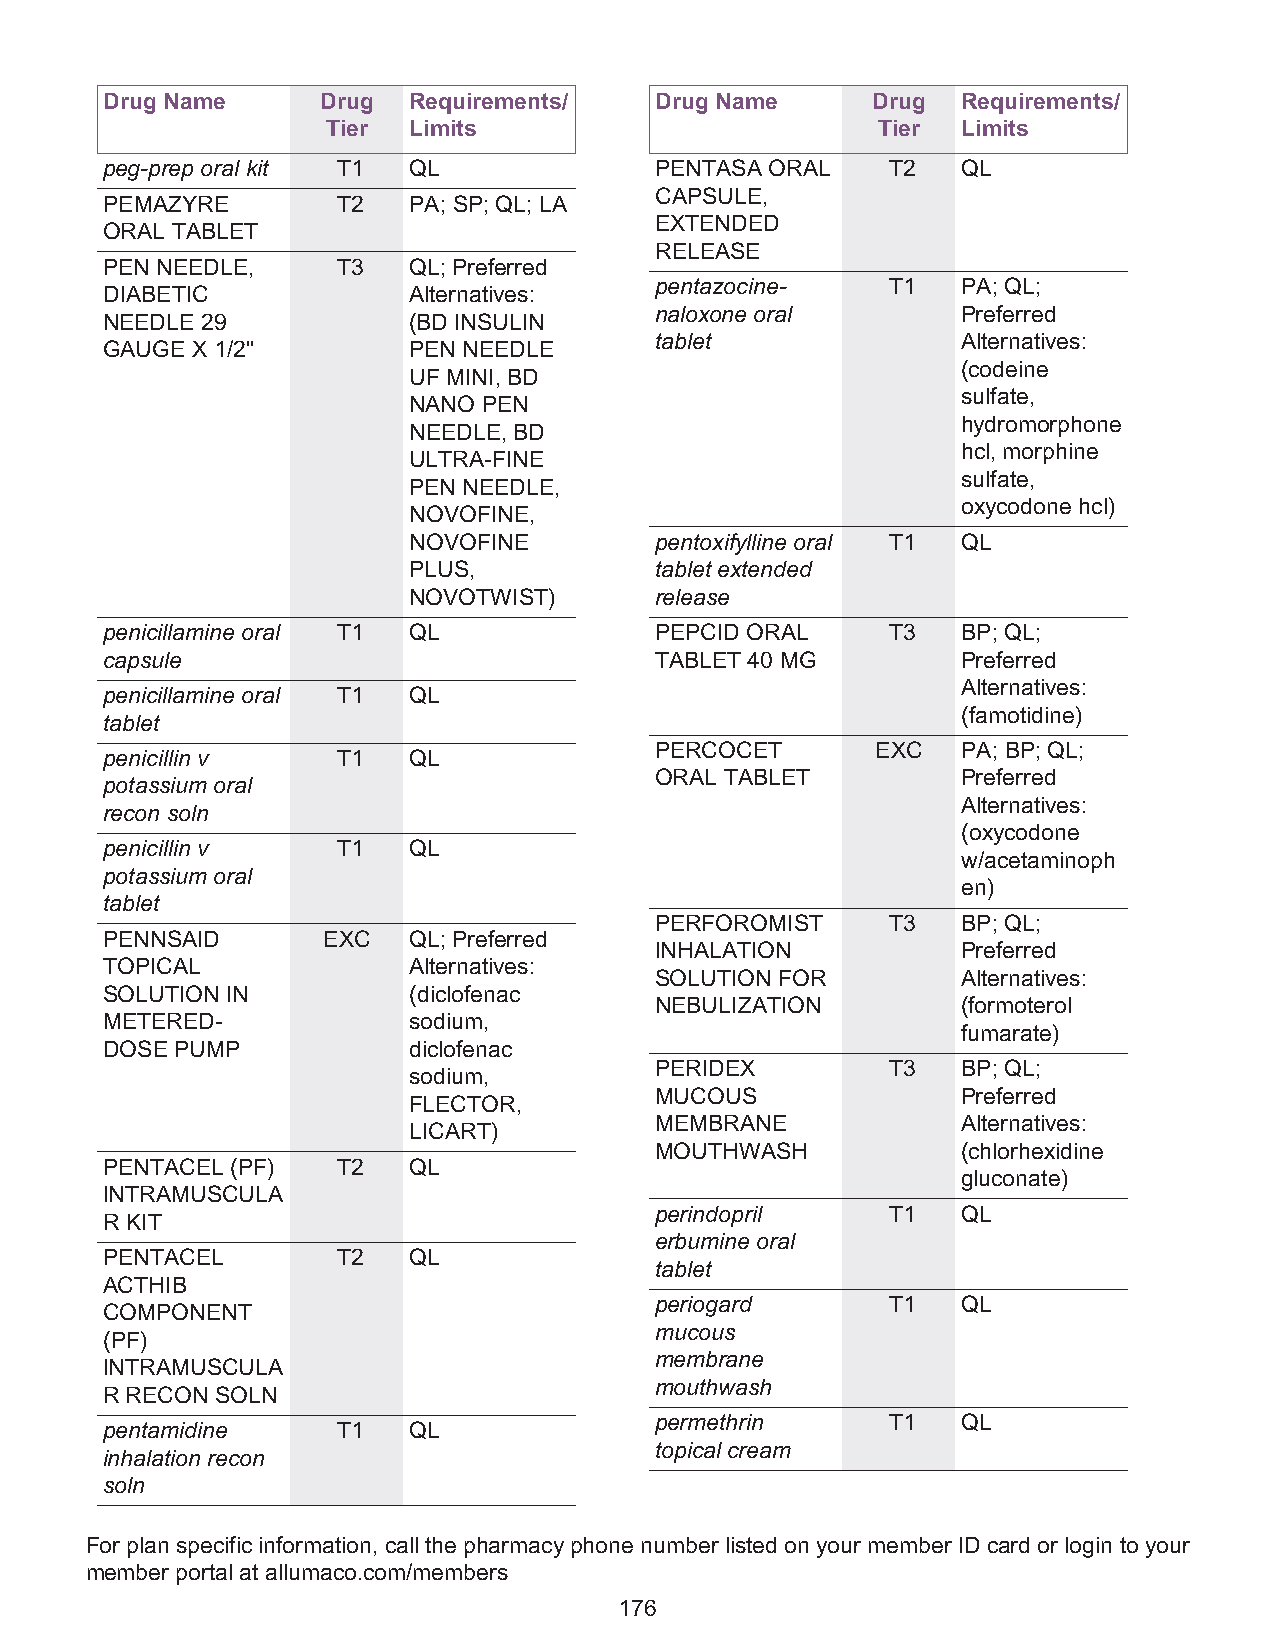
Drug Name     Drug  Requirements/   Drug Name      Drug  Requirements/
 Tier Limits                         Tier  Limits
 peg-prep oral kit T1 QL             PENTASA ORAL    T2   QL
 CAPSULE,
 PEMAZYRE       T2   PA; SP; QL; LA
 EXTENDED
 ORAL TABLET
 RELEASE
 PEN NEEDLE,    T3   QL; Preferred
 pentazocine-    T1   PA; QL;
 DIABETIC            Alternatives:
 naloxone oral        Preferred
 NEEDLE 29           (BD INSULIN
 tablet               Alternatives:
 GAUGE X 1/2"        PEN NEEDLE
 (codeine
 UF MINI, BD
 sulfate,
 NANO PEN
 hydromorphone
 NEEDLE, BD
 hcl, morphine
 ULTRA-FINE
 sulfate,
 PEN NEEDLE,
 oxycodone hcl)
 NOVOFINE,
 NOVOFINE        pentoxifylline oral T1 QL
 PLUS,           tablet extended
 NOVOTWIST)      release
 penicillamine oral T1 QL            PEPCID ORAL     T3   BP; QL;
 capsule                             TABLET 40 MG         Preferred
 Alternatives:
 penicillamine oral T1 QL
 (famotidine)
 tablet
 PERCOCET       EXC   PA; BP; QL;
 penicillin v   T1   QL
 ORAL TABLET          Preferred
 potassium oral
 Alternatives:
 recon soln
 (oxycodone
 penicillin v   T1   QL
 w/acetaminoph
 potassium oral
 en)
 tablet
 PERFOROMIST     T3   BP; QL;
 PENNSAID      EXC   QL; Preferred
 INHALATION           Preferred
 TOPICAL             Alternatives:
 SOLUTION FOR         Alternatives:
 SOLUTION IN         (diclofenac
 NEBULIZATION         (formoterol
 METERED-            sodium,
 fumarate)
 DOSE PUMP           diclofenac
 PERIDEX         T3   BP; QL;
 sodium,
 MUCOUS               Preferred
 FLECTOR,
 MEMBRANE             Alternatives:
 LICART)
 MOUTHWASH            (chlorhexidine
 PENTACEL (PF)  T2   QL
 gluconate)
 INTRAMUSCULA
 perindopril     T1   QL
 R KIT
 erbumine oral
 PENTACEL       T2   QL
 tablet
 ACTHIB
 periogard       T1   QL
 COMPONENT
 mucous
 (PF)
 membrane
 INTRAMUSCULA
 mouthwash
 R RECON SOLN
 permethrin      T1   QL
 pentamidine    T1   QL
 topical cream
 inhalation recon
 soln
 For plan specific information, call the pharmacy phone number listed on your member ID card or login to your
 member portal at allumaco.com/members
 176